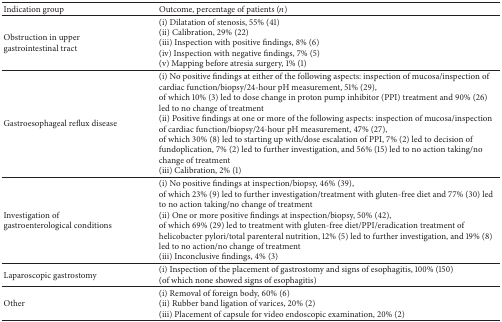
<table><thead><tr><td><b>Indication group</b></td><td><b>Outcome, percentage of patients (<i>n</i>)</b></td></tr></thead><tbody><tr><td>Obstruction in upper gastrointestinal tract</td><td>(i) Dilatation of stenosis, 55% (41)(ii) Calibration, 29% (22)(iii) Inspection with positive findings, 8% (6)(iv) Inspection with negative findings, 7% (5)(v) Mapping before atresia surgery, 1% (1)</td></tr><tr><td>Gastroesophageal reflux disease </td><td>(i) No positive findings at either of the following aspects: inspection of mucosa/inspection of cardiac function/biopsy/24-hour pH measurement, 51% (29), of which 10% (3) led to dose change in proton pump inhibitor (PPI) treatment and 90% (26) led to no change of treatment(ii) Positive findings at one or more of the following aspects: inspection of mucosa/inspection of cardiac function/biopsy/24-hour pH measurement, 47% (27), of which 30% (8) led to starting up with/dose escalation of PPI, 7% (2) led to decision of fundoplication, 7% (2) led to further investigation, and 56% (15) led to no action taking/no change of treatment(iii) Calibration, 2% (1)</td></tr><tr><td>Investigation of gastroenterological conditions</td><td>(i) No positive findings at inspection/biopsy, 46% (39), of which 23% (9) led to further investigation/treatment with gluten-free diet and 77% (30) led to no action taking/no change of treatment(ii) One or more positive findings at inspection/biopsy, 50% (42), of which 69% (29) led to treatment with gluten-free diet/PPI/eradication treatment of helicobacter pylori/total parenteral nutrition, 12% (5) led to further investigation, and 19% (8) led to no action/no change of treatment(iii) Inconclusive findings, 4% (3)</td></tr><tr><td>Laparoscopic gastrostomy</td><td>(i) Inspection of the placement of gastrostomy and signs of esophagitis, 100% (150) (of which none showed signs of esophagitis)</td></tr><tr><td>Other</td><td>(i) Removal of foreign body, 60% (6)(ii) Rubber band ligation of varices, 20% (2)(iii) Placement of capsule for video endoscopic examination, 20% (2)</td></tr></tbody></table>